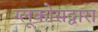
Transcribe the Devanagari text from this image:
ग्लूकोसद्वारा